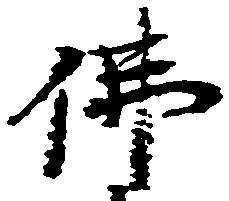
仏